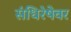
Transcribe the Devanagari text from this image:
संधिरेषेवर